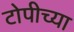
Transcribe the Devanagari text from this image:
टोपीच्या